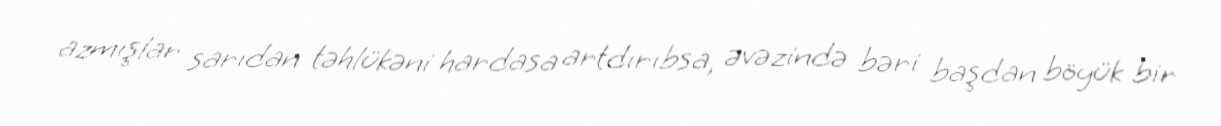
azmışlar sarıdan təhlükəni hardasa artdırıbsa, əvəzində bəri başdan böyük bir